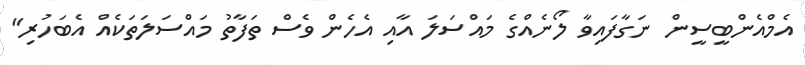
އެމްއެންބީސީން ނަގާފައިވާ ލޯނެއްގެ މައްސަލަ އާއި އެހެން ވެސް ތަފާތު މައްސަލަތަކެއް އެބަހުރި"